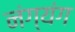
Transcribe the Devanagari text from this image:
नंग्यंग